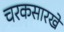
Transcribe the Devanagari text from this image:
चरकसारखे